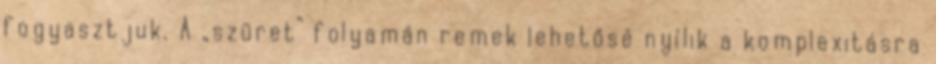
fogyasztjuk. A „szüret” folyamán remek lehetősé nyílik a komplexitásra